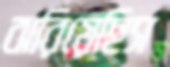
ঝরিয়েছিস